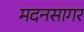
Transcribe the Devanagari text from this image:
मदनसागर